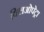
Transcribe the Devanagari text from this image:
क्लिओपेट्रा